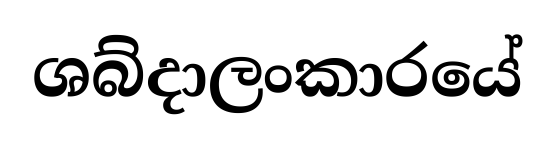
ශබ්දාලංකාරයේ